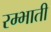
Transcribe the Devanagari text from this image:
रम्भाती